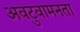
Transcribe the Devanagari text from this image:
अवटुवामनता